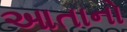
આતાનો